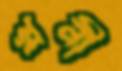
খনী